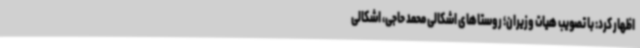
اظهار کرد: با تصویب هیات وزیران؛ روستاهای اشکالی محمد حاجی، اشکالی